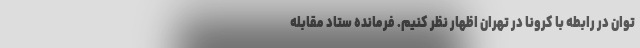
توان در رابطه با کرونا در تهران اظهار نظر کنیم. فرمانده ستاد مقابله